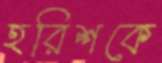
হরিশকে